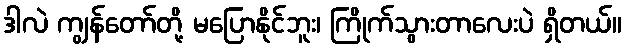
ဒါလဲ ကျွန်တော်တို့ မပြောနိုင်ဘူး၊ ကြိုက်သွားတာလေးပဲ ရှိတယ်။